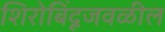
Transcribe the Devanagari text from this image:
शिरोबिंदूजवळील